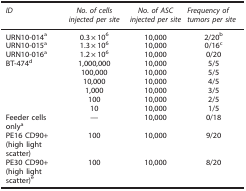
<table><thead><tr><td><b><i>ID</i></b></td><td><b><i>No. of cells injected per site</i></b></td><td><b><i>No. of ASC injected per site</i></b></td><td><b><i>Frequency of tumors per site</i></b></td></tr></thead><tbody><tr><td>URN10-014a</td><td>0.3×10<sup>6</sup></td><td>10,000</td><td>2/20b</td></tr><tr><td>URN10-015a</td><td>1.3×10<sup>6</sup></td><td>10,000</td><td>0/16c</td></tr><tr><td>URN10-016a</td><td>1.2×10<sup>6</sup></td><td>10,000</td><td>0/20</td></tr><tr><td>BT-474d</td><td>1,000,000</td><td>10,000</td><td>5/5</td></tr><tr><td> </td><td>100,000</td><td>10,000</td><td>5/5</td></tr><tr><td> </td><td>10,000</td><td>10,000</td><td>4/5</td></tr><tr><td> </td><td>1,000</td><td>10,000</td><td>3/5</td></tr><tr><td> </td><td>100</td><td>10,000</td><td>2/5</td></tr><tr><td> </td><td>10</td><td>10,000</td><td>1/5</td></tr><tr><td>Feeder cells onlya</td><td>—</td><td>10,000</td><td>0/18</td></tr><tr><td>PE16 CD90+ (high light scatter)</td><td>100</td><td>10,000</td><td>9/20</td></tr><tr><td>PE30 CD90+ (high light scatter)e</td><td>100</td><td>10,000</td><td>8/20</td></tr></tbody></table>